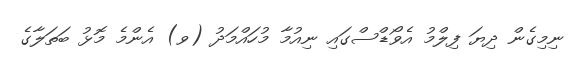
ނިމިގެން ދިޔަ ފިލްމު އެވޯޑްސްގައި ނިއުމާ މުހައްމަދު (ވ) އެންމެ މޮޅު ބަތަލާގެ